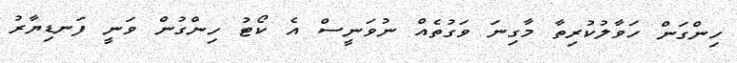
ހިންގަން ހަވާލުކުރިތާ މާގިނަ ވަގުތެއް ނުވަނީސް އެ ކޯޓު ހިންގުން ވަނީ ފަނޑިޔާރު